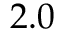
2 . 0